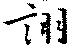
詡